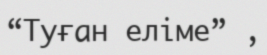
“Туған еліме” ,